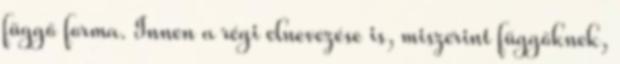
függő forma. Innen a régi elnevezése is, miszerint függőknek,